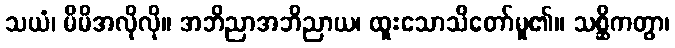
သယံ၊ မိမိအလိုလို။ အဘိညာအဘိညာယ၊ ထူးသောသိတော်မူ၏။ သစ္ဆိကတွာ၊